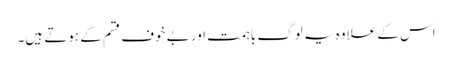
اس کے علاوہ یہ لوگ باہمت اور بے خوف قسم کے ہوتے ہیں۔